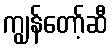
ကျွန်တော့်ဆီ